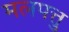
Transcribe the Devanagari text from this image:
मलपत्तु